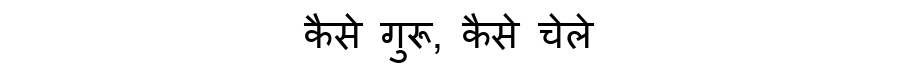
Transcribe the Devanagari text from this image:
कैसे गुरू, कैसे चेले